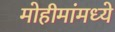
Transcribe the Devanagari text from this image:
मोहीमांमध्ये